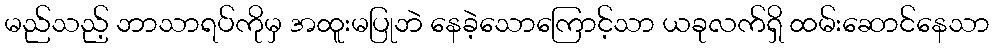
မည်သည့် ဘာသာရပ်ကိုမှ အထူးမပြုဘဲ နေခဲ့သောကြောင့်သာ ယခုလက်ရှိ ထမ်းဆောင်နေသာ